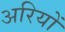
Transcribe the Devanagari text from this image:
अरियों